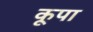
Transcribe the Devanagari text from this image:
कूपा